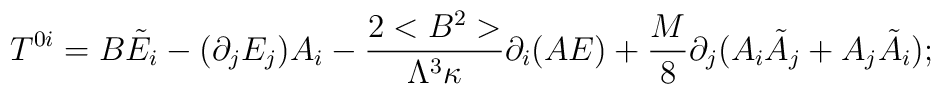
T^{0i}= B\tilde E_i - (\partial_j E_j) A_i - \frac{2<B^2>}{\Lambda^3 \kappa}\partial_i(AE) + \frac{M}{8} \partial_j(A_i \tilde A_j + A_j \tilde A_i);